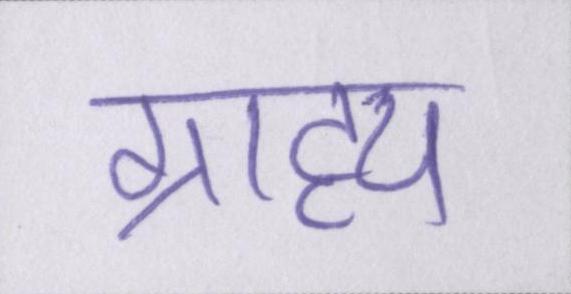
ग्राह्य